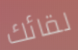
لقائك